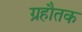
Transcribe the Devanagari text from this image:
ग्रहौतक